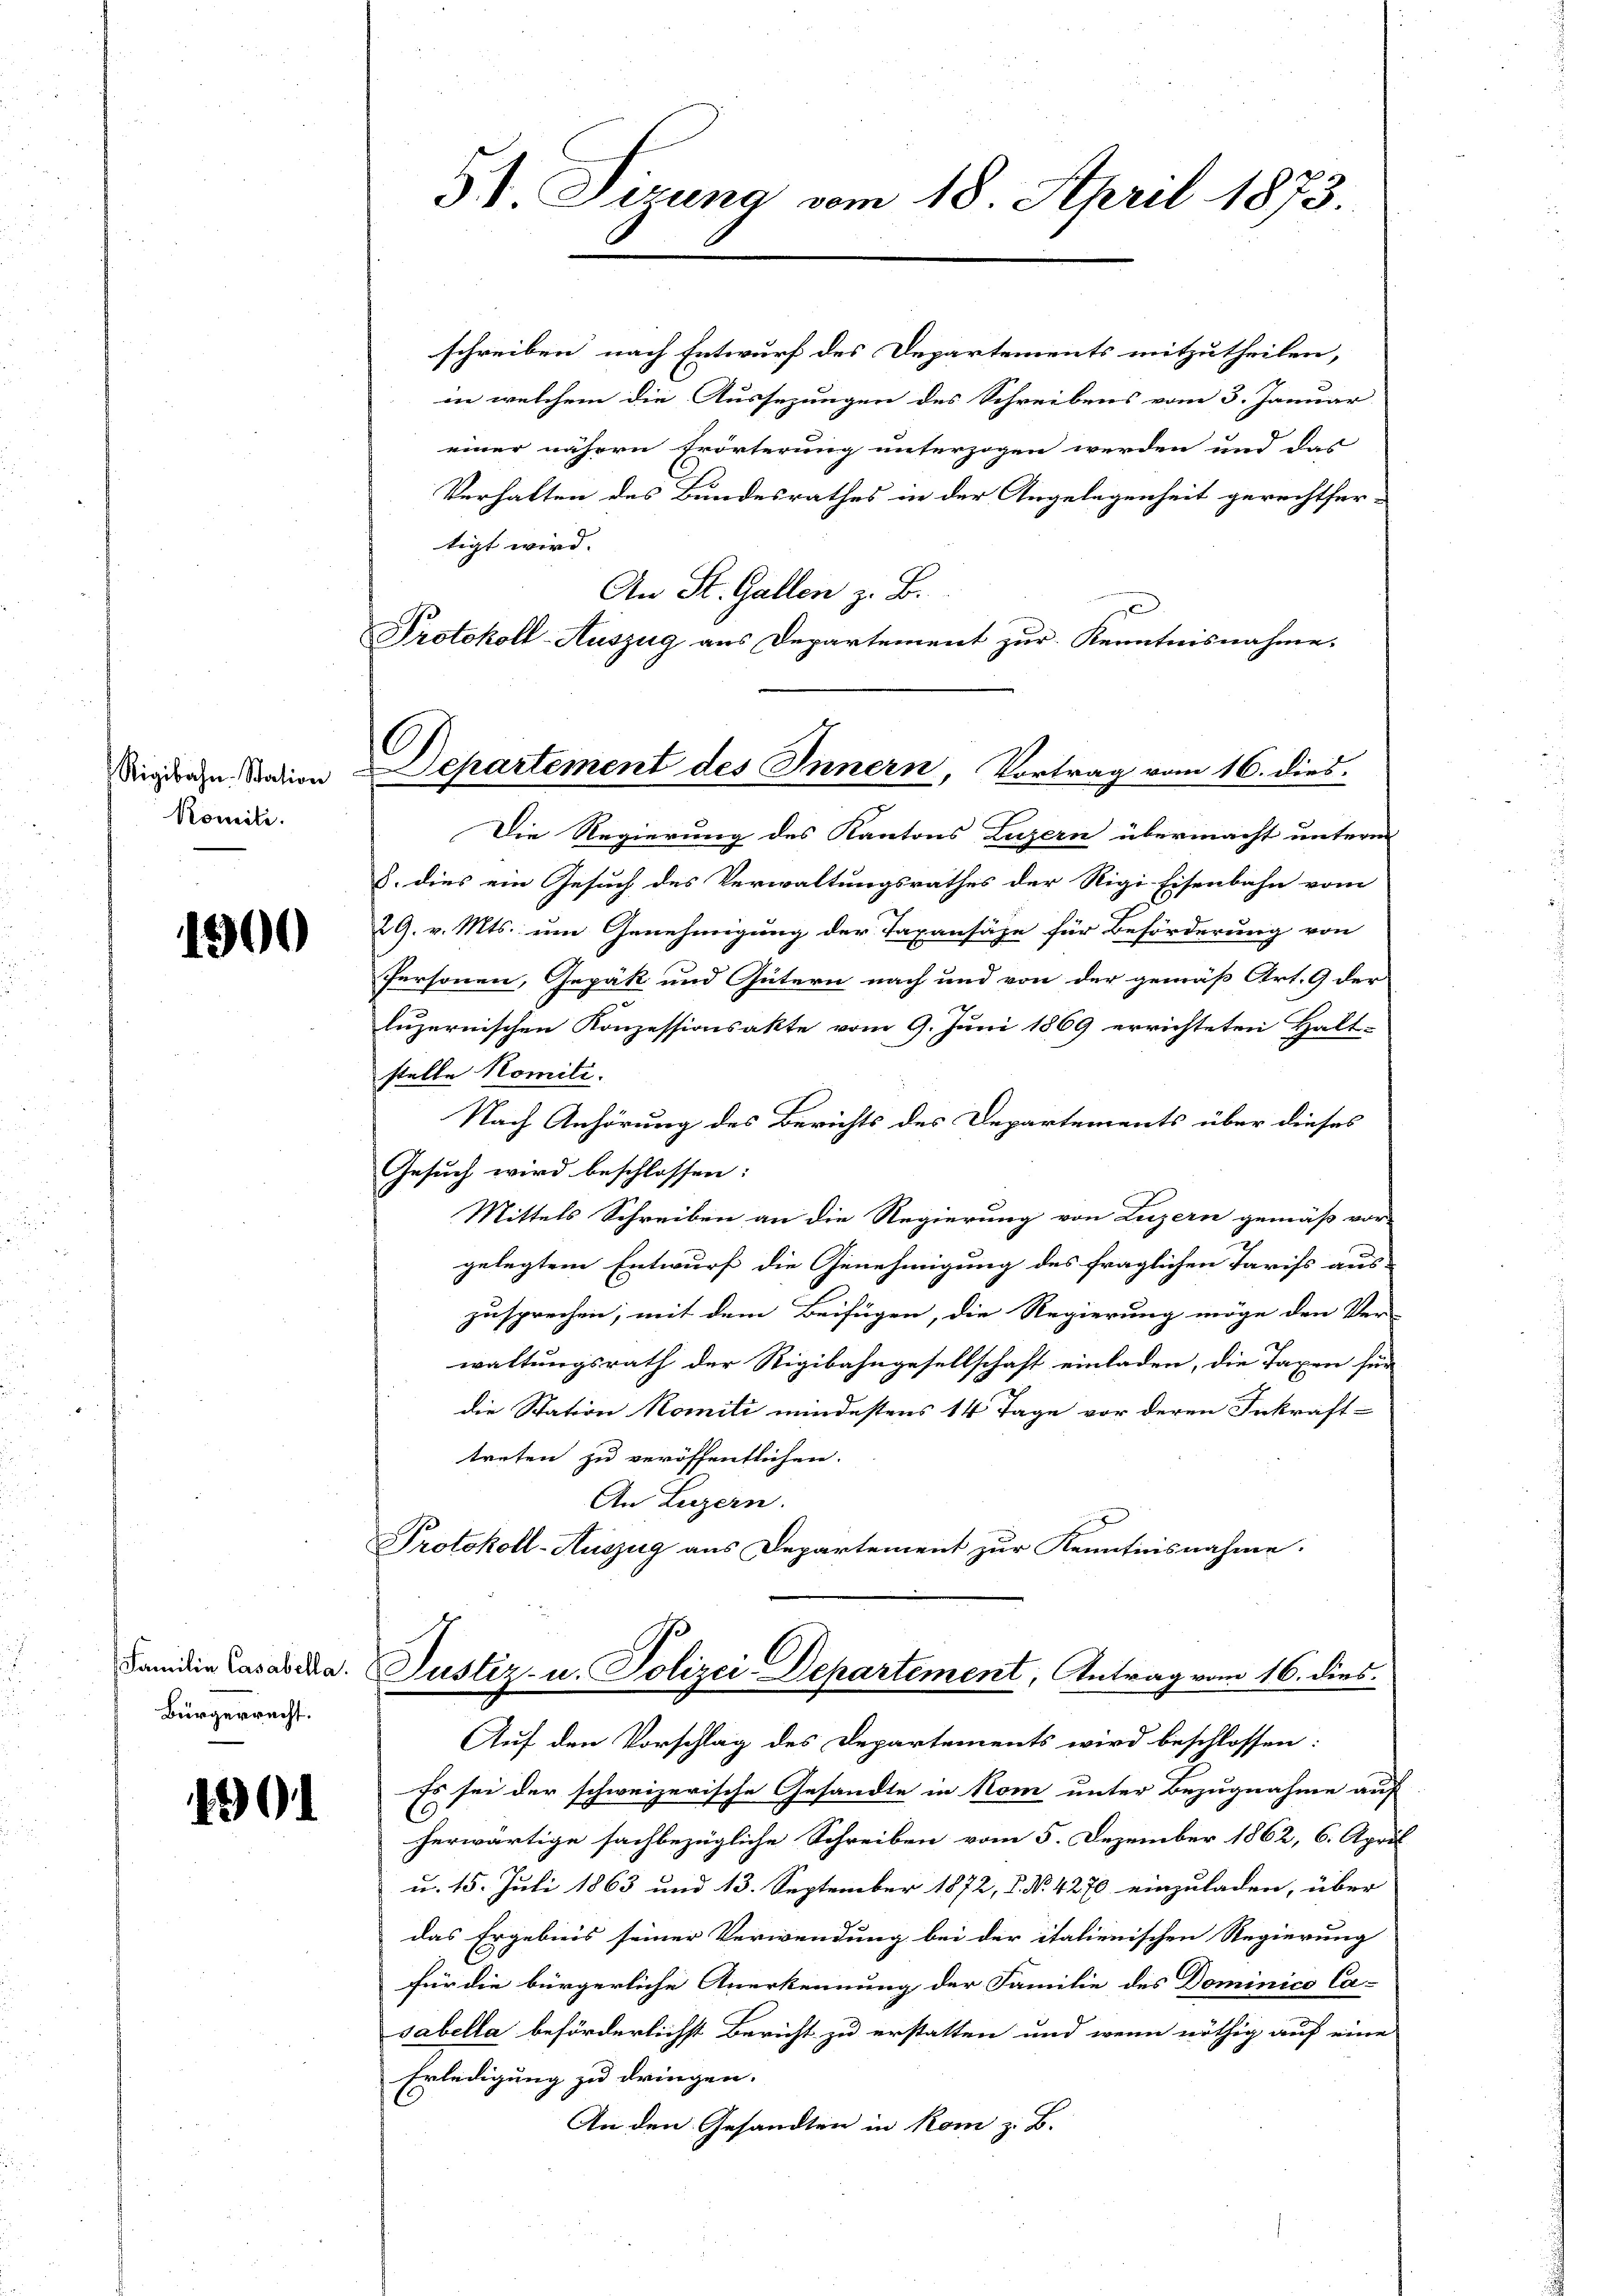
Rigibahn. Station
Romiti.

1500

Familie Casabella.
Bürgerrecht.

1901

5) Sizung vom 18. April 1873.

6
Departement des Innern, Vortrag vom 16. dies

schreiben nach Entwurf des Departements mitzutheilen,
in welchem die Aussezungen des Schreibens vom 3. Januar
einer nähern Erörterung unterzogen werden und das
Verhalten des Bundesrathes in der Angelegenheit gerechtfer-
tigt wird.
An St. Gallen z. B.
Protokoll-Auszug aus Departement zur Kenntnisnahme.
Die Regierung des Kantons Luzern übermacht unterm
S. dies ein Gesuch des Verwaltungsrathes der Rigi-Eisenbahn vom
29. v. Mts. um Genehmigung der Taxansähe für Beförderung von
Personen, Gepäk und Gütern nach und von der gemäß Art. 9 der
luzernischen Konzessionsakte vom 9. Juni 1869 errichteten Halt-
stelle Komiti.
Nach Anhörung des Berichts des Departements über dieses
Gesuch wird beschlossen:
Mittels Schreiben an die Regierung von Luzern gemäß vor-
gelegtem Entwurf die Genehmigung des fraglichen Tarifs aus-
zusprechen; mit dem Beifügen, die Regierung möge den Ver-
waltungsrath der Rigibahngesellschaft einladen, die Taxen für
die Station Komiti mindestens 14 Tage vor deren Inkraft-
treten zu veröffentlichen.
An Luzern.
Protokoll-Auszug aus Departement zur Kenntnisnahme.
Justiz- u. Polizei Departement, Antrag vom 16. dies
Auf den Vorschlag des Departements wird beschlossen:
Es sei der schweizerische Gesandte in Nom unter Bezugnahme auf
herwärtige sachbezügliche Schreiben vom 5. Dezember 1862, 6. April
u. 15. Juli 1863 und 13. September 1872, P. Nr. 4270 einzuladen, über
das Ergebnis seiner Verwendung bei der italienischen Regierung
für die bürgerliche Anerkennung der Familie des Dominico Ca-
sabella beförderlichst Bericht zu erstatten und wenn nöthig auf eine
Erledigung zu dringen.
An den Gesandten in kom z. B.